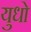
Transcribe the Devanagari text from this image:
युधो